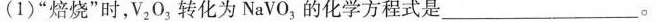
(1)“焙烧”时，V_{2}O_{3}，转化为NaVO_{3}，的化学方程式是___。